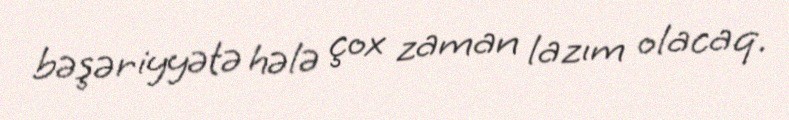
bəşəriyyətə hələ çox zaman lazım olacaq.